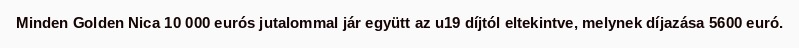
Minden Golden Nica 10 000 eurós jutalommal jár együtt az u19 díjtól eltekintve, melynek díjazása 5600 euró.